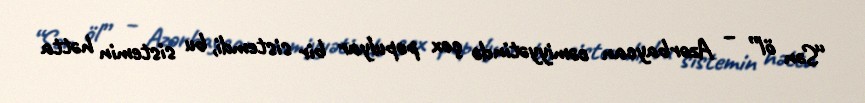
“Sən öl” – Azərbaycan cəmiyyətində çox populyar bir sistemdi, bu sistemin hətta